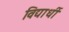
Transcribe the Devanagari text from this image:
विद्यार्धी